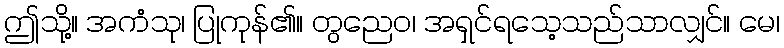
ဤသို့။ အကံသု၊ ပြုကုန်၏။ တွညေဝ၊ အရှင်ရသေ့သည်သာလျှင်။ မေ၊